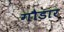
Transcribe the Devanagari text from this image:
गौडार